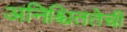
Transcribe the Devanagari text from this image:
अनिश्चिततेची